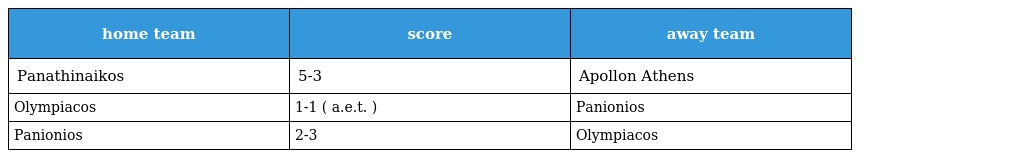
| home team | score | away team |
 | --- | --- | --- |
 | Panathinaikos | 5-3 | Apollon Athens |
 | Olympiacos | 1-1 ( a.e.t. ) | Panionios |
 | Panionios | 2-3 | Olympiacos |